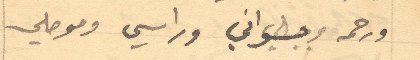
ورحمه وحسواني وراسي وموصلي